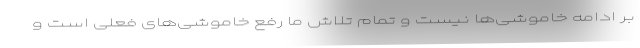
بر ادامه خاموشی‌ها نیست و تمام تلاش ما رفع خاموشی‌های فعلی است و